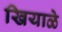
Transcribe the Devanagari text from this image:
खियाळे